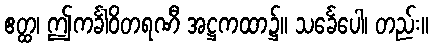
ဧတ္ထ၊ ဤကင်္ခါဝိတရဏီ အဋ္ဌကထာ၌။ သင်္ခေပေါ၊ တည်း။